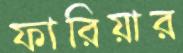
ফারিয়ার